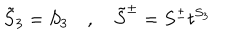
\tilde { S } _ { 3 } = S _ { 3 } \quad , \quad \tilde { S } ^ { \pm } = S ^ { \pm } t ^ { S _ { 3 } }